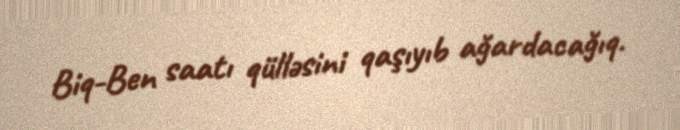
Biq-Ben saatı qülləsini qaşıyıb ağardacağıq.